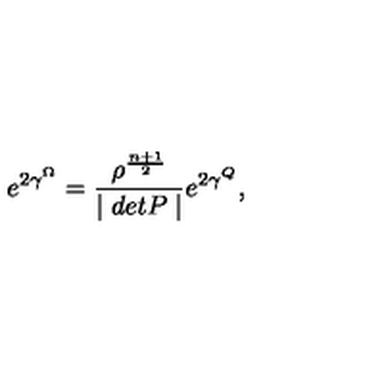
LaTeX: e ^ { 2 \gamma ^ { \Omega } } = \frac { \rho ^ { \frac { n + 1 } { 2 } } } { \mid d e t P \mid } e ^ { 2 \gamma ^ { Q } } ,